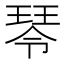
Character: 𤧂